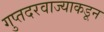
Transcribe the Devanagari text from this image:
गुप्तदरवाज्याकडून